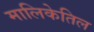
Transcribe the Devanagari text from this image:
मालिकेतिल